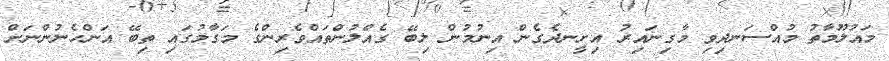
މައުލޫމާތު މުއްސަނދިވި މާގިނައިރު އިށީނދެގެން އިނުމުން ލިބޭ ގެއްލުންތައްވެރިންގެ މަގާމުގައި ތިބޭ އަންހެނުންނަށް